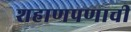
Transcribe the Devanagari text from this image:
शहाणपणाची